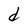
Character: d